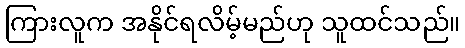
ကြားလူက အနိုင်ရလိမ့်မည်ဟု သူထင်သည်။